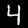
Digit: 4